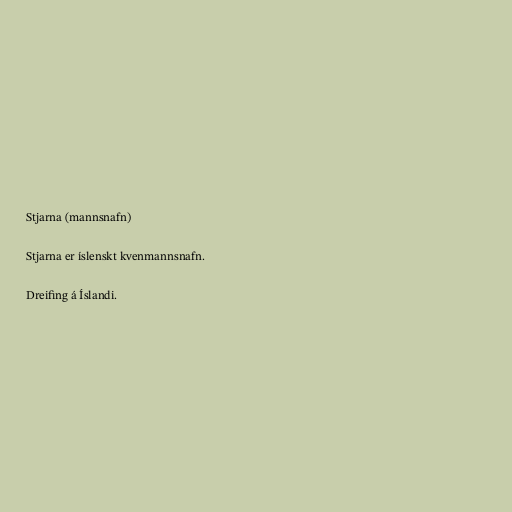
Stjarna (mannsnafn)

Stjarna er íslenskt kvenmannsnafn.

Dreifing á Íslandi.